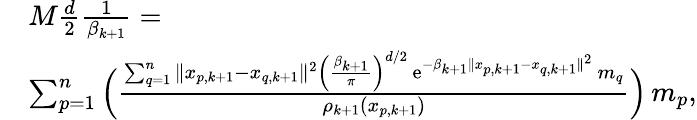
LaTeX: \begin{array}{rl}&{M\frac{d}{2}\frac{1}{\beta_{k+1}}=}\\ &{\sum_{p=1}^{n}\Big(\frac{\sum_{q=1}^{n}\| x_{p,k+1}-x_{q,k+1}\| ^{2}\Big(\frac{\beta_{k+1}}{\pi}\Big)^{d/2}\, \mathrm{e}^{-\beta_{k+1}\| x_{p,k+1}-x_{q,k+1}\| ^{2}}\, m_{q}}{\rho_{k+1}(x_{p,k+1})}\Big)\, m_{p},}\end{array}